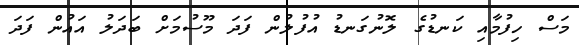
މަސް ހިފުމާއި ކަނޑުގެ ލޮނުގަނޑު އުފުލުން ފަދަ މޫސުމަށް ބަދަލު އައުން ފަދަ